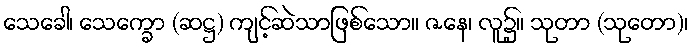
သေခေါ၊ သေက္ခော (ဆဋ္ဌ) ကျင့်ဆဲသာဖြစ်သော။ ဇနေ၊ လူ၌။ သုတာ (သုတော)၊